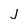
Character: j